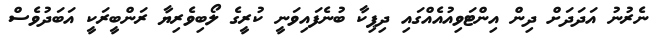
ނެރުނު އަދަދަށް ދިން އިންޓަވިއުއެއްގައި ދިޕިކާ ބުނެފައިވަނީ ކުރީގެ ލޯބިވެރިޔާ ރަންބީރަކީ އަބަދުވެސް